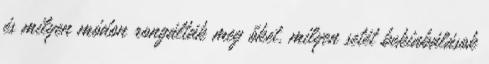
és milyen módon rongálták meg őket, milyen setét bekiabálások